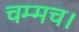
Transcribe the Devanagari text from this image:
चम्मच।